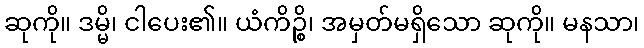
ဆုကို။ ဒမ္မိ၊ ငါပေး၏။ ယံကိဉ္စိ၊ အမှတ်မရှိသော ဆုကို။ မနသာ၊